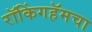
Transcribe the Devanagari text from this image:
रॉकिंगहॅमचा